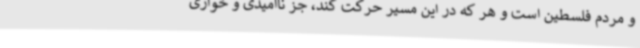
و مردم فلسطین است و هر که در این مسیر حرکت کند، جز ناامیدی و خواری